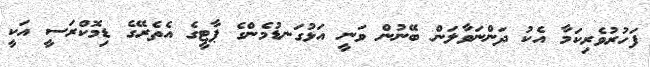
ފަހުރުވެރިކަމާ އެކު ދަންނަވާލަން ބޭނުން ވަނީ އަޅުގަނޑުމެންގެ ޕާޓީގެ އެތެރޭގެ ޑިމޮކްރަސީ އަކީ